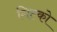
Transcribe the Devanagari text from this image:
गिल्को